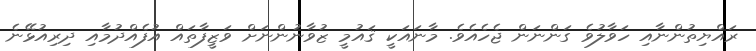
ރައްޔިތުންނާއި ހަވާލުވެ ގަންނަން ޖެހެއެވެ. މާނައަކީ ޤައުމީ ޒުވާނުންނަށް ވަޒީފާތައް އުފެއްދުމާއި ދިރިއުޅޭނެ